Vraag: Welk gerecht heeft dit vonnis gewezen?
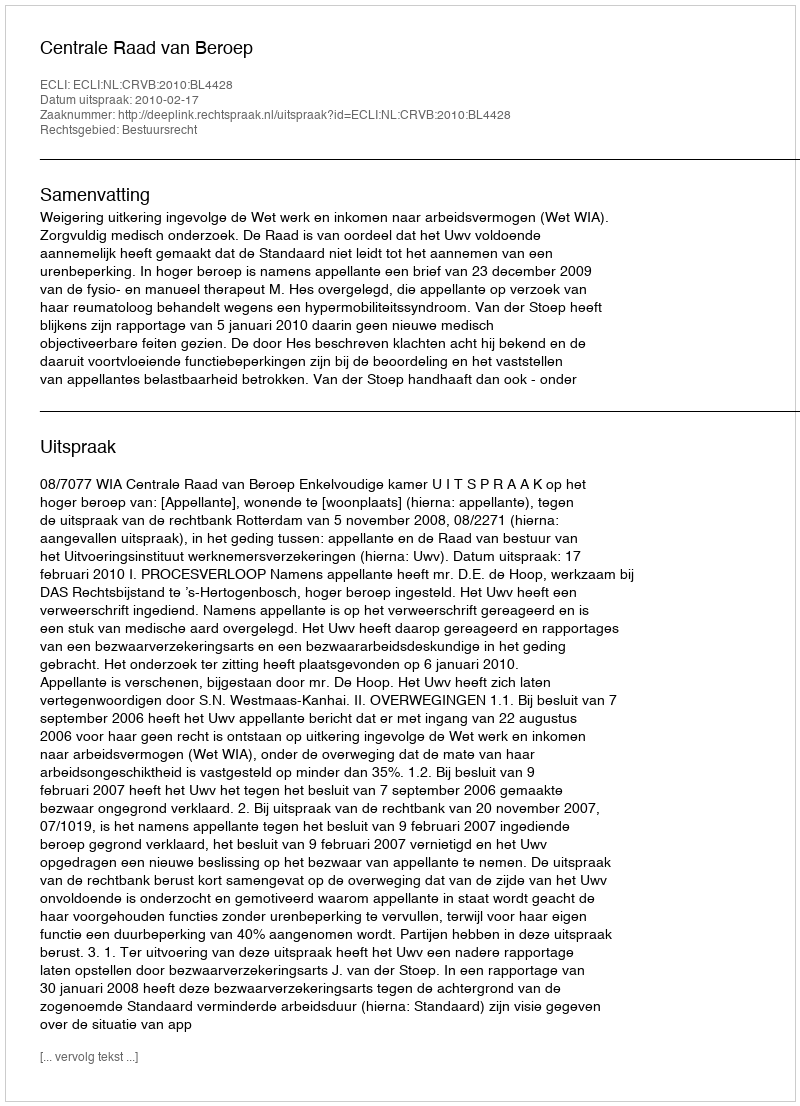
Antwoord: Centrale Raad van Beroep